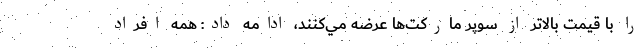
را با قيمت بالاتر از سوپر ماركت‌ها عرضه مي‌كنند، ادامه داد: همه افراد